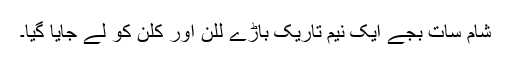
شام سات بجے ایک نیم تاریک باڑے للن اور کلن کو لے جایا گیا۔